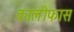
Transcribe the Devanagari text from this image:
कालीफास